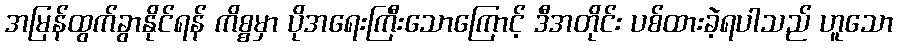
အမြန်ထွက်ခွာနိုင်ရန် ကိစ္စမှာ ပိုအရေးကြီးသောကြောင့် ဒီအတိုင်း ပစ်ထားခဲ့ရပါသည် ဟူသော